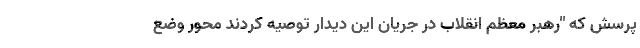
پرسش که "رهبر معظم انقلاب در جریان این دیدار توصیه کردند محور وضع